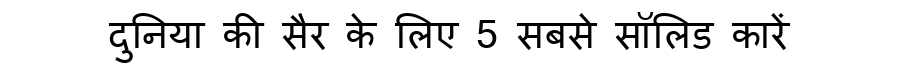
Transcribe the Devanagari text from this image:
दुनिया की सैर के लिए 5 सबसे सॉलिड कारें